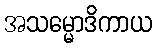
အသမ္မောဒိကာယ